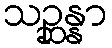
သဉ္ဆန္နာ